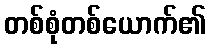
တစ်စုံတစ်ယောက်၏